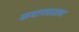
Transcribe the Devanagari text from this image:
कथानकातच